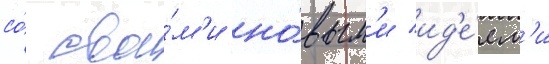
со́ свои́м'и но́вым'и ид'е́ям'и